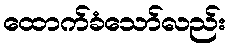
ထောက်ခံသော်လည်း